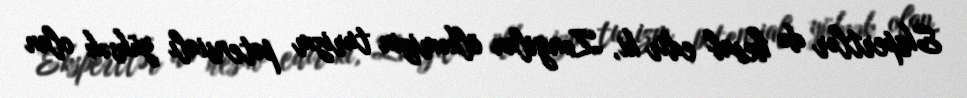
Ekspertlər də hesab edir ki, Zəngilan ölkəmizin turizm potensialı yüksək olan